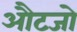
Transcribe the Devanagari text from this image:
औटजो